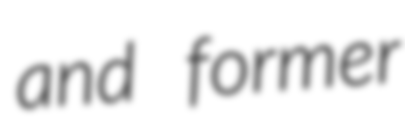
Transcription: and former